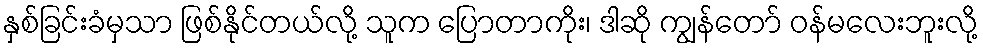
နှစ်ခြင်းခံမှသာ ဖြစ်နိုင်တယ်လို့ သူက ပြောတာကိုး၊ ဒါဆို ကျွန်တော် ဝန်မလေးဘူးလို့